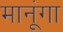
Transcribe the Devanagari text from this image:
मानूंगा